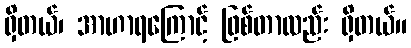
ရှိတယ်၊ အာဟာရကြောင့် ဖြစ်တာလည်း ရှိတယ်။